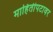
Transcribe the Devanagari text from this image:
माहितीपटावर